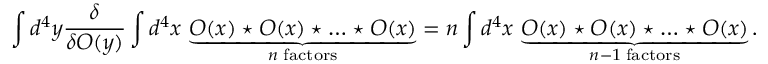
\int d ^ { 4 } y \frac { \delta } { \delta { \cal O } ( y ) } \int d ^ { 4 } x \, \underbrace { { \cal O } ( x ) \star { \cal O } ( x ) \star \ldots \star { \cal O } ( x ) } _ { n \mathrm { \; f a c t o r s } } = n \int d ^ { 4 } x \, \underbrace { { \cal O } ( x ) \star { \cal O } ( x ) \star \ldots \star { \cal O } ( x ) } _ { n - 1 \mathrm { \; f a c t o r s } } .